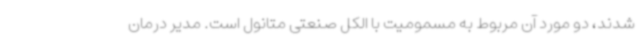
شدند، دو مورد آن مربوط به مسمومیت با الکل صنعتی متانول است. مدیر درمان